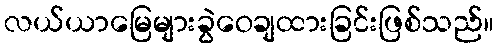
လယ်ယာမြေများခွဲဝေချထားခြင်းဖြစ်သည်။